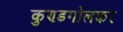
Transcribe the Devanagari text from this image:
कुण्डगोलकर